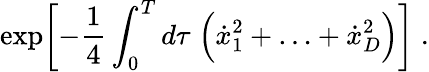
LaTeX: \exp\biggl[-\frac{1}{4}\int_{0}^{T}d\tau\; \Bigl(\dot{x}_{1}^{2}+\ldots+\dot{x}_{D}^{2}\Bigr)\biggr]\; .